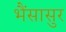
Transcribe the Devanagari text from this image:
भैंसासुर